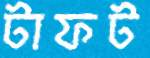
টাফট